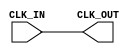
module clock_buffer (
    input wire CLK_IN,   // Input clock signal
    output wire CLK_OUT   // Buffered output clock signal
);

// Buffer implementation
// Using a simple assign statement to create a clock buffer
// In a real design, you might use a specific technology cell for buffering
assign CLK_OUT = CLK_IN;

endmodule